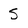
Character: 5